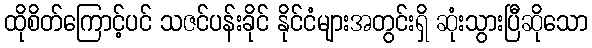
ထိုစိတ်ကြောင့်ပင် သဇင်ပန်းခိုင် နိုင်ငံများအတွင်းရှိ ဆုံးသွားပြီဆိုသော